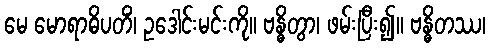
မေ မောရာဓိပတိံ၊ ဥဒေါင်းမင်းကို။ ဗန္ဓိတွာ၊ ဖမ်းပြီး၍။ ဗန္ဓိတဿ၊